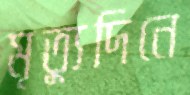
মৃত্যুদিনে